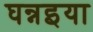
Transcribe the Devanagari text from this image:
घन्नइया